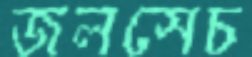
জলসেচ